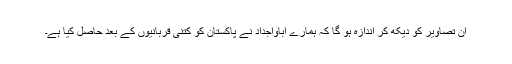
ان تصاویر کو دیکھ کر اندازہ ہو گا کہ ہمارے آباوَاجداد نے پاکستان کو کتنی قربانیوں کے بعد حاصل کیا ہے۔